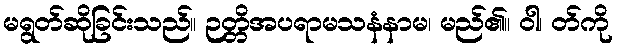
မရွတ်ဆိုခြင်းသည်။ ဉတ္တိအပရာမသနံနာမ၊ မည်၏။ ဝါ၊ တ်ကို